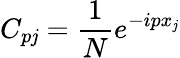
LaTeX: C_{p\mathit{j}}=\frac{{1}}{{N}}e^{-ipx_{\mathit{j}}}